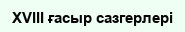
XVIII ғасыр сазгерлері